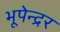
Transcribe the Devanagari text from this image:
भूपेन्‍द्रर